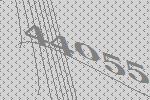
44055